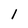
Character: 1